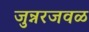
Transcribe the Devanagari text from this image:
जुन्नरजवळ